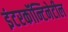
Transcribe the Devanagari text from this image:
इंटरकॉन्टिनेटील